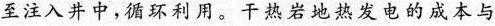
至注入井中，循环利用。干热岩地热发电的成本与